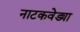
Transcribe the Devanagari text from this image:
नाटकवेड्या